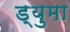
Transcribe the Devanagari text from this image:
ड्युमा